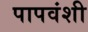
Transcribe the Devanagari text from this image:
पापवंशी